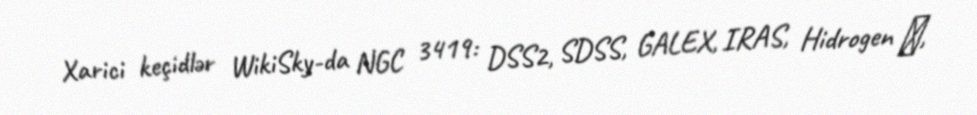
Xarici keçidlər WikiSky-da NGC 3419: DSS2, SDSS, GALEX, IRAS, Hidrogen α,